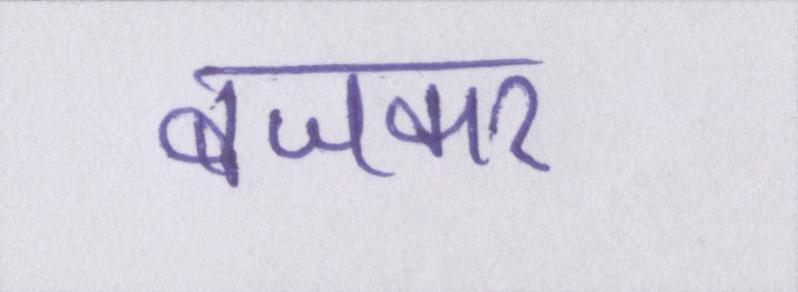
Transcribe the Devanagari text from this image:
बजकर